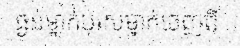
ធ្ងន់ម្នាក់បុរសម្នាក់ចេញពី